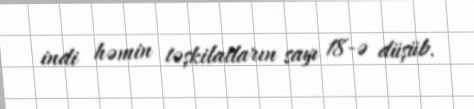
indi həmin təşkilatların sayı 18-ə düşüb.